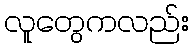
လူတွေကလည်း